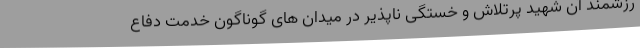
رزشمند آن شهید پرتلاش و خستگی ناپذیر در میدان های گوناگون خدمت دفاع